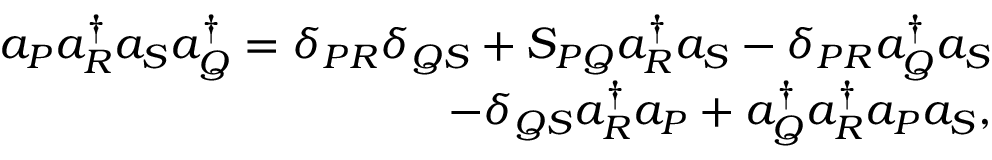
\begin{array} { r } { a _ { P } a _ { R } ^ { \dagger } a _ { S } a _ { Q } ^ { \dagger } = \delta _ { P R } \delta _ { Q S } + S _ { P Q } a _ { R } ^ { \dagger } a _ { S } - \delta _ { P R } a _ { Q } ^ { \dagger } a _ { S } } \\ { - \delta _ { Q S } a _ { R } ^ { \dagger } a _ { P } + a _ { Q } ^ { \dagger } a _ { R } ^ { \dagger } a _ { P } a _ { S } , } \end{array}